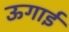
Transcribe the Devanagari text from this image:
ऊगाई